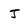
Character: J